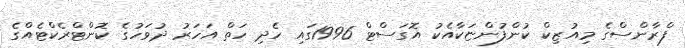
ފްރާންސްގެ މިއުޒިކް ކުންފުންޏަކާއެކު އޮގަސްޓް 1996ގަައި ހެދި ހަތް އަހަރު ދުވަހުގެ ކޮންޓްރެކްޓެއްގެ